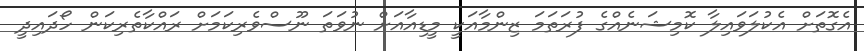
އެގޮތަށް އެކުލަވައިލާ ކޮމިޝަނެއްގެ ފުރަތަމަ ޒިންމާއަކީ މީޑިއާއަށް ނުވަތަ ނޫސްވެރިކަމަށް ރައްކާތެރިކަން ހޯދައިދީ